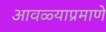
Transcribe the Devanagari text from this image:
आवळ्याप्रमाणे